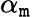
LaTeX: \alpha_{\mathtt{m}}